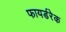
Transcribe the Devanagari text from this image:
फायर्डरेक